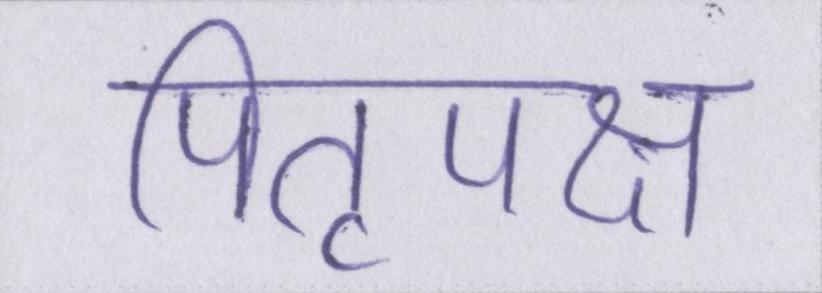
पितृपक्ष